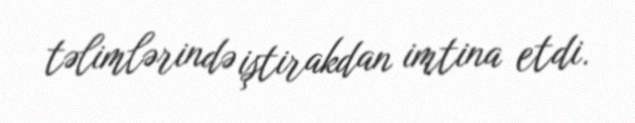
təlimlərində iştirakdan imtina etdi.